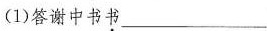
(1)答谢中书书___